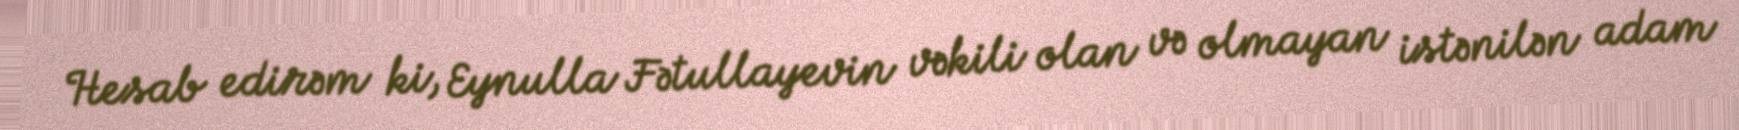
Hesab edirəm ki, Eynulla Fətullayevin vəkili olan və olmayan istənilən adam